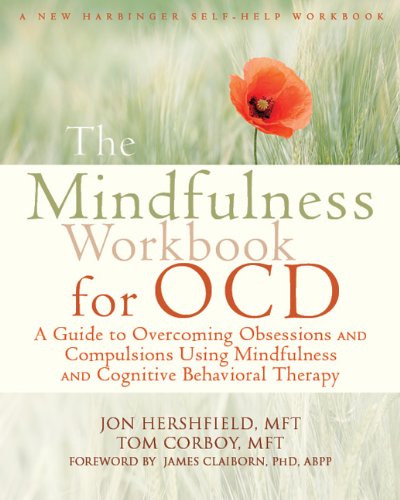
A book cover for The Mindfulness Workbook for OCD: A Guide to Overcoming Obsessions and Compulsions Using Mindfulness and Cognitive Behavioral Therapy (New Harbinger Self-Help Workbooks); Jon Hershfield MFT; Self-Help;